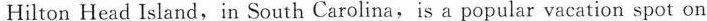
Hilton Head Island,in South Carolina,is a popular vacation spot on